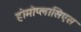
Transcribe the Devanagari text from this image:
होमोप्लासिएस